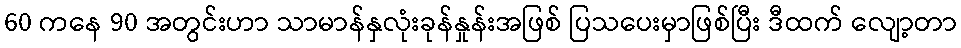
60 ကနေ 90 အတွင်းဟာ သာမာန်နှလုံးခုန်နှုန်းအဖြစ် ပြသပေးမှာဖြစ်ပြီး ဒီထက် လျော့တာ